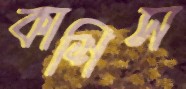
কাশিস